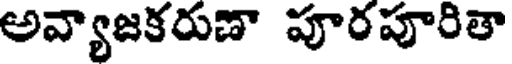
అవ్యాజకరుణా పూరపూరితా